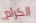
الكرام